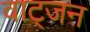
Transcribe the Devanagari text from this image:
वाट्जन